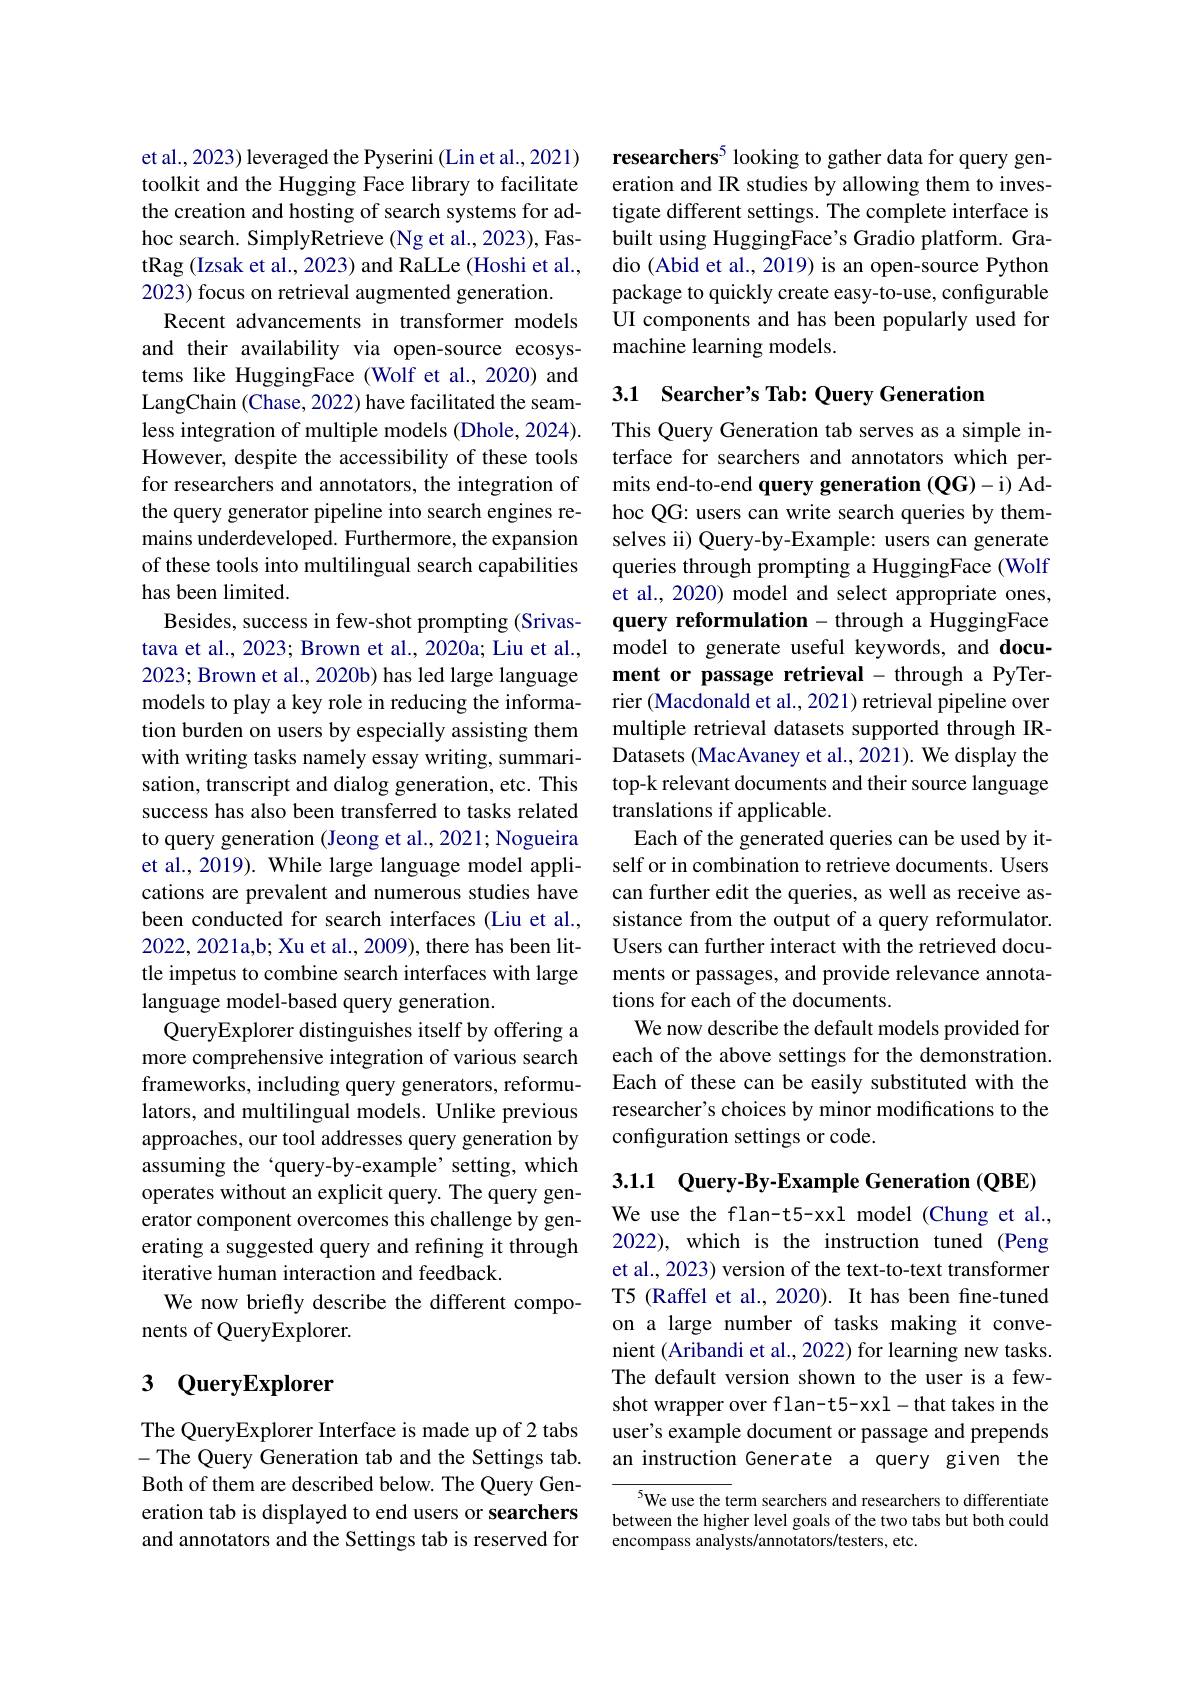
et al., 2023) leveraged the Pyserini (Lin et al., 2021) toolkit and the Hugging Face library to facilitate the creation and hosting of search systems for adhoc search. SimplyRetrieve (Ng et al., 2023), FastRag (Izsak et al., 2023) and RaLLe (Hoshi et al., 2023) focus on retrieval augmented generation.
Recent advancements in transformer models and their availability via open-source ecosystems like HuggingFace (Wolf et al.,2020) and LangChain (Chase, 2022) have facilitated the seamless integration of multiple models (Dhole, 2024). However, despite the accessibility of these tools for researchers and annotators, the integration of the query generator pipeline into search engines remains underdeveloped. Furthermore, the expansion of these tools into multilingual search capabilities has been limited.
Besides, success in few-shot prompting (Srivastava et al., 2023; Brown et al., 2020a; Liu et al., 2023; Brown et al., 2020b) has led large language models to play a key role in reducing the information burden on users by especially assisting them with writing tasks namely essay writing, summarisation, transcript and dialog generation, etc. This success has also been transferred to tasks related to query generation (Jeong et al., 2021; Nogueira et al., 2019). While large language model applications are prevalent and numerous studies have been conducted for search interfaces (Liu et al., 2022,2021a,b; Xu et al., 2009), there has been little impetus to combine search interfaces with large language model-based query generation.
QueryExplorer distinguishes itself by offering a more comprehensive integration of various search frameworks, including query generators, reformulators, and multilingual models. Unlike previous approaches, our tool addresses query generation by assuming the‘query-by-example’setting, which operates without an explicit query. The query generator component overcomes this challenge by generating a suggested query and refining it through iterative human interaction and feedback.
We now briefly describe the different compo-
nents of QueryExplorer.

## 3 QueryExplorer

The QueryExplorer Interface is made up of 2 tabs -The Query Generation tab and the Settings tab. Both of them are described below. The Query Generation tab is displayed to end users or searchers and annotators and the Settings tab is reserved for

researchers$^{5}$ looking to gather data for query generation and IR studies by allowing them to investigate different settings. The complete interface is built using HuggingFace's Gradio platform. Gradio (Abid et al., 2019) is an open-source Python package to quickly create easy-to-use, configurable UI components and has been popularly used for machine learning models.

## 3.1 Searcher's Tab: Query Generation

This Query Generation tab serves as a simple interface for searchers and annotators which permits end-to-end query generation (QG)-i) Adhoc QG: users can write search queries by themselves ii) Query-by-Example: users can generate queries through prompting a HuggingFace (Wolf et al., 2020) model and select appropriate ones, query reformulation - through a HuggingFace model to generate useful keywords, and document or passage retrieval - through a PyTerrier (Macdonald et al., 2021) retrieval pipeline over multiple retrieval datasets supported through IRDatasets (MacAvaney et al., 2021). We display the top-k relevant documents and their source language translations if applicable.
Each of the generated queries can be used by itself or in combination to retrieve documents. Users can further edit the queries, as well as receive assistance from the output of a query reformulator. Users can further interact with the retrieved documents or passages, and provide relevance annotations for each of the documents.
We now describe the default models provided for each of the above settings for the demonstration. Each of these can be easily substituted with the researcher's choices by minor modifications to the configuration settings or code.

3.1.1 Query-By-Example Generation (QBE)

We use the flan-t5-xxl model (Chung et al., 2022), which is the instruction tuned (Peng et al., 2023) version of the text-to-text transformer T5 (Raffel et al., 2020). It has been fine-tuned on a large number of tasks making it convenient (Aribandi et al., 2022) for learning new tasks. The default version shown to the user is a fewshot wrapper over flan-t5-xxl-that takes in the user's example document or passage and prepends an instruction Generate a query given the

5We use the term searchers and researchers to differentiate between the higher level goals of the two tabs but both could encompass analysts/annotators/testers, etc.